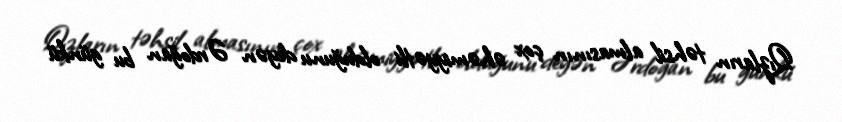
Qızların təhsil almasının çox əhəmiyyətli olduğunu deyən Ərdoğan bu günkü